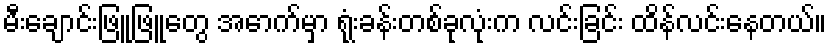
မီးချောင်းဖြူဖြူတွေ အောက်မှာ ရုံးခန်းတစ်ခုလုံးက လင်းခြင်း ထိန်လင်းနေတယ်။